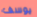
يوسف